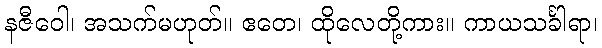
နဇီဝေါ၊ အသက်မဟုတ်။ ဧတေ၊ ထိုလေတို့ကား။ ကာယသင်္ခါရာ၊